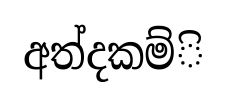
අත්දකම්ි